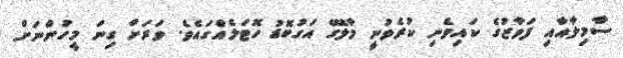
ސާމިލާއާއި ފަވާޒުގެ ކައިވެނި ކުރެވުނީ މާލޭގެ އަގުބޮޑު ހޮޓަލެއްގައެވެ. ވަރަށް ގިނަ މީހުންނަށް